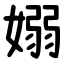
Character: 嫋